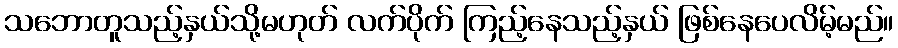
သဘောတူသည့်နှယ်သို့မဟုတ် လက်ပိုက် ကြည့်နေသည့်နှယ် ဖြစ်နေပေလိမ့်မည်။